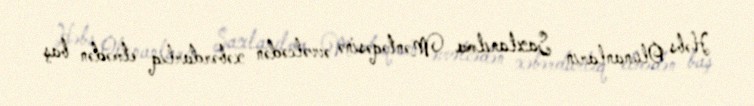
Həbs Olunanların Saxlanılma Məntəqəsinə əvvəlcədən xəbərdarlıq etmədən baş